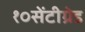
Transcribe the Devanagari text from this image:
१०सेंटीग्रेड